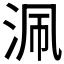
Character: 𣳽